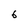
Character: 6